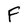
Character: F